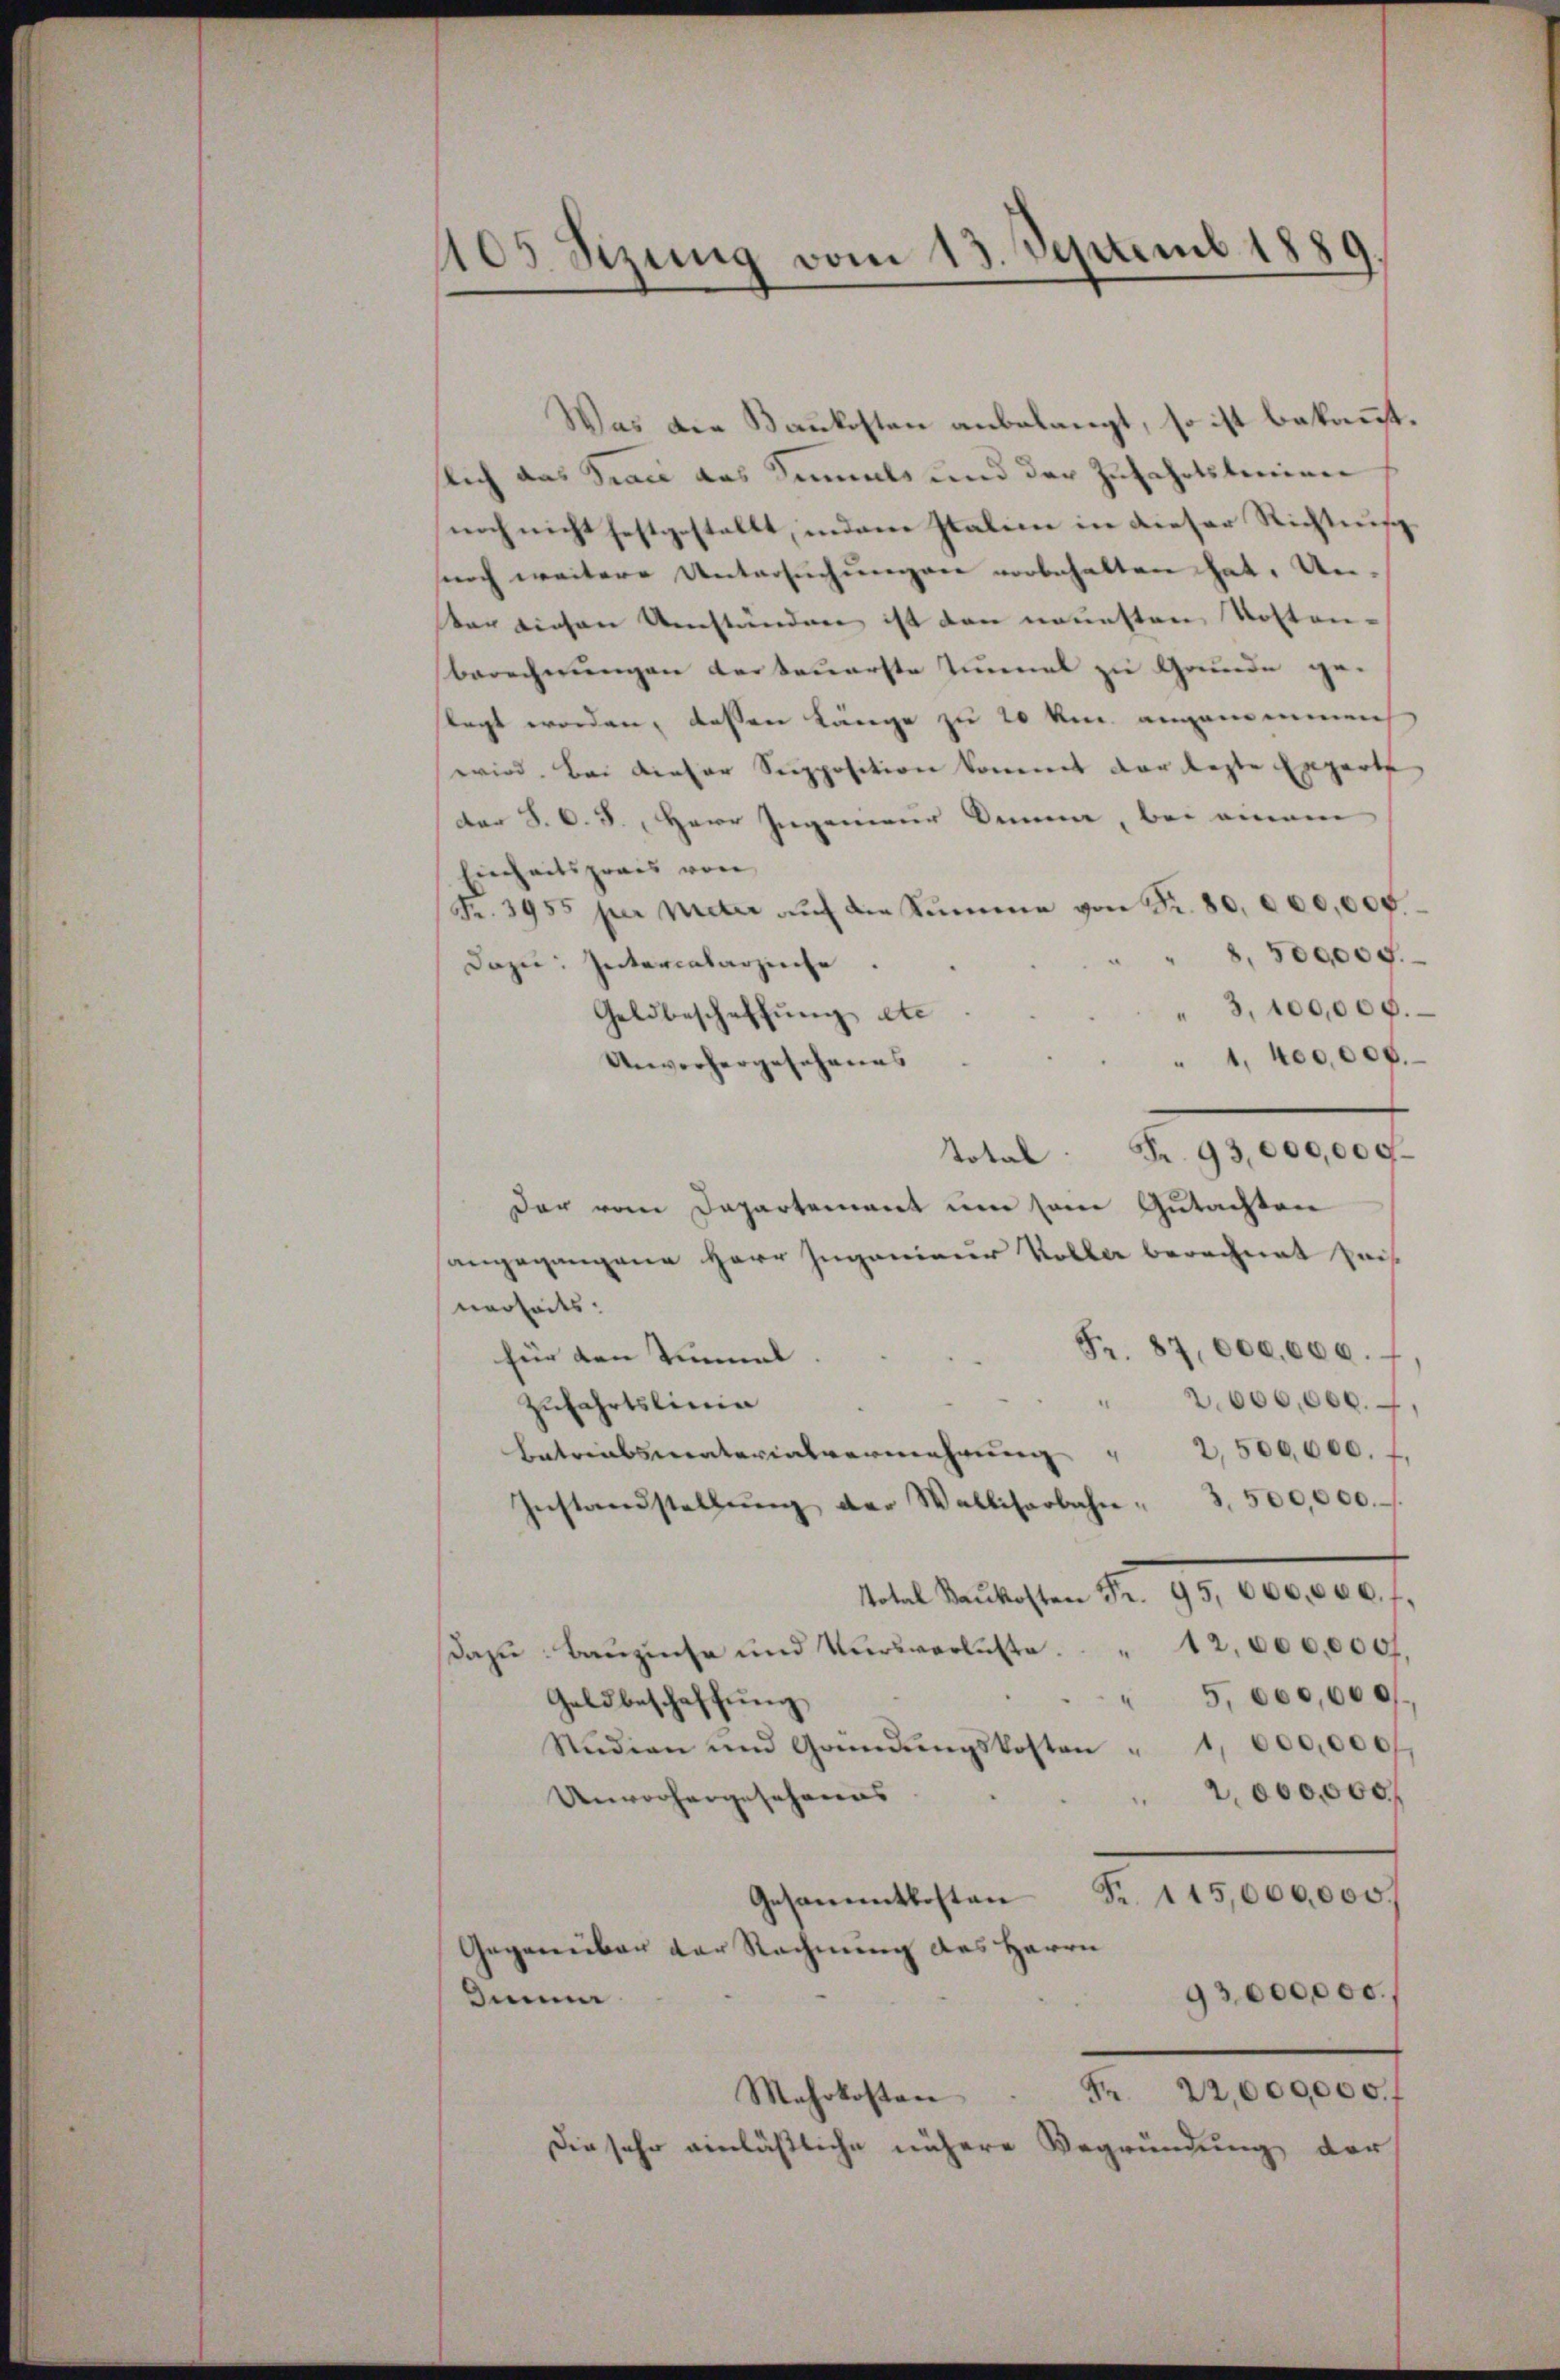
405 Sizung vom 13. Septemb. 1889

Was die Baukosten anbelangt, so ist bekannt.
slich das Trace das Simals und der Zufahrtstanien
noch nicht festgestellt, indem Italien in dieser Richtung
surch weitere Untersuchungen vorbehalten hat. Un-
ter diesen Umständen ist den neuesten Kosten-
berechnungen der teuerste Tunnel zu Grunde ge-
flegt worden, dessen Länge zu 20 km angenommen
wird. Bei dieser Seepposition kommet der lezte Engart
dar 8. O. S. Herr Ingenieur denn, bei einem
Einheitspraes von
Fr. 3955 per Meter auf die Summe von Fr. 80. 000,000.
8, 300000.
dazu: Intercalarzeiche.
3. 100,000.
Geldbeschaffung de
1,400,000.
Unvorhergesehenes
Total Fr. 93,000,000.
Der vom Departement um sem Gutachten
angegangene Herr Ingenieur Koller berechnet seit
nerheits.
Fr. 87,000,000.
für den Tinmal
2.600,000.-,
Zufahrtslinie
Betriebsmaterialvermehrŭng " 2,500,000. f.
Instandstellŭng der Walliserbahn " 3,500,000.
tete Meistesten Nr. 99. 60000 f.
Dazu Bauzinse und Versverluste.   12,000,000.
" 5, 600,000
Geldbeschaffung
Stŭdian und Gründŭngskosten " 1,600,000f
2,000,000 f
Unvorhergesehenes
Fr. 115,000,000.
Gesammtkosten
Gegenüber der Rechnung des Herrn
93,000000.,
dinne
Fr. 22,000,000. f
Mehrkosten
Die sehr einläßliche nähere Begründung der